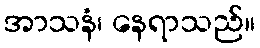
အာသနံ၊ နေရာသည်။